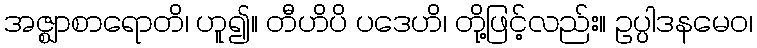
အဇ္ဈာစာရောတိ၊ ဟူ၍။ တီဟိပိ ပဒေဟိ၊ တို့ဖြင့်လည်း။ ဥပ္ပါဒနမေဝ၊